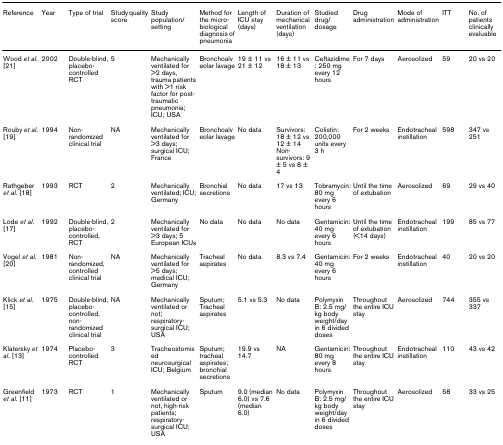
<table><thead><tr><td><b>Reference</b></td><td><b>Year</b></td><td><b>Type of trial</b></td><td><b>Study quality score</b></td><td><b>Study population/setting</b></td><td><b>Method for the micro-biological diagnosis of pneumonia</b></td><td><b>Length of ICU stay (days)</b></td><td><b>Duration of mechanical ventilation (days)</b></td><td><b>Studied drug/dosage</b></td><td><b>Drug administration</b></td><td><b>Mode of administration</b></td><td><b>ITT</b></td><td><b>No. of patients clinically evaluable</b></td></tr></thead><tbody><tr><td>Wood <i>et al</i>. [21]</td><td>2002</td><td>Double-blind, placebo-controlled RCT</td><td>5</td><td>Mechanically ventilated for &gt;2 days, trauma patients with &gt;1 risk factor for post-traumatic pneumonia; ICU; USA</td><td>Bronchoalveolar lavage</td><td>19 ± 11 vs 21 ± 12</td><td>16 ± 11 vs 18 ± 13</td><td>Ceftazidime: 250 mg every 12 hours</td><td>For 7 days</td><td>Aerosolized</td><td>59</td><td>20 vs 20</td></tr><tr><td>Rouby <i>et al</i>. [19]</td><td>1994</td><td>Non-randomized clinical trial</td><td>NA</td><td>Mechanically ventilated for &gt;3 days; surgical ICU; France</td><td>Bronchoalveolar lavage</td><td>No data</td><td>Survivors: 18 ± 12 vs 12 ± 14 Non-survivors: 9 ± 5 vs 8 ± 4</td><td>Colistin: 200,000 units every 3 h</td><td>For 2 weeks</td><td>Endotracheal instillation</td><td>598</td><td>347 vs 251</td></tr><tr><td>Rathgeber <i>et al</i>. [18]</td><td>1993</td><td>RCT</td><td>2</td><td>Mechanically ventilated; ICU; Germany</td><td>Bronchial secretions</td><td>No data</td><td>17 vs 13</td><td>Tobramycin: 80 mg every 6 hours</td><td>Until the time of extubation</td><td>Aerosolized</td><td>69</td><td>29 vs 40</td></tr><tr><td>Lode <i>et al</i>. [17]</td><td>1992</td><td>Double-blind, placebo-controlled, RCT</td><td>2</td><td>Mechanically ventilated for &gt;3 days; 5 European ICUs</td><td>No data</td><td>No data</td><td>No data</td><td>Gentamicin: 40 mg every 6 hours</td><td>Until the time of extubation (&lt;14 days)</td><td>Endotracheal instillation</td><td>199</td><td>85 vs 77</td></tr><tr><td>Vogel <i>et al</i>. [20]</td><td>1981</td><td>Non-randomized, controlled clinical trial</td><td>NA</td><td>Mechanically ventilated for &gt;5 days; medical ICU; Germany</td><td>Tracheal aspirates</td><td>No data</td><td>8.3 vs 7.4</td><td>Gentamicin: 40 mg every 6 hours</td><td>For 2 weeks</td><td>Endotracheal instillation</td><td>40</td><td>20 vs 20</td></tr><tr><td>Klick <i>et al</i>. [15]</td><td>1975</td><td>Double-blind, placebo-controlled, non-randomized clinical trial</td><td>NA</td><td>Mechanically ventilated or not; respiratory-surgical ICU; USA</td><td>Sputum; Tracheal aspirates</td><td>5.1 vs 5.3</td><td>No data</td><td>Polymyxin B: 2.5 mg/kg body weight/day in 6 divided doses</td><td>Throughout the entire ICU stay</td><td>Aerosolized</td><td>744</td><td>355 vs 337</td></tr><tr><td>Klatersky <i>et al</i>. [13]</td><td>1974</td><td>Placebo-controlled RCT</td><td>3</td><td>Tracheostomised neurosurgical ICU; Belgium</td><td>Sputum; tracheal aspirates; bronchial secretions</td><td>19.9 vs 14.7</td><td>NA</td><td>Gentamicin: 80 mg every 8 hours</td><td>Throughout the entire ICU stay</td><td>Endotracheal instillation</td><td>110</td><td>43 vs 42</td></tr><tr><td>Greenfield <i>et al</i>. [11]</td><td>1973</td><td>RCT</td><td>1</td><td>Mechanically ventilated or not, high-risk patients; respiratory-surgical ICU; USA</td><td>Sputum</td><td>9.0 (median 6.0) vs 7.6 (median 6.0)</td><td>No data</td><td>Polymyxin B: 2.5 mg/kg body weight/day in 6 divided doses</td><td>Throughout the entire ICU stay</td><td>Aerosolized</td><td>58</td><td>33 vs 25</td></tr></tbody></table>